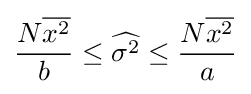
{\frac {{N}{\overline {x^{2}}}}{b}}\leq {\widehat {\sigma ^{2}}}\leq {\frac {{N}{\overline {x^{2}}}}{a}}